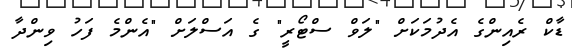
ޑާކް ރެއިންގެ އެދުމަކަށް "ލަވް ސްޓޯރީ" ގެ އަސްލަށް "އެންމެ ފަހު ވިންދާ